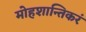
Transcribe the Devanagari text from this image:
मोहशान्तिकरं